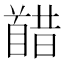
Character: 𫗸